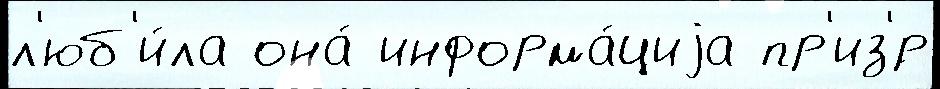
л'юб'и́ла она́ информа́циjа пр'из'́р